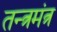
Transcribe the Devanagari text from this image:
तन्त्रमंत्र